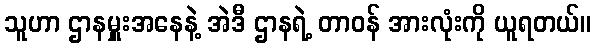
သူဟာ ဌာနမှူးအနေနဲ့ အဲဒီ ဌာနရဲ့ တာဝန် အားလုံးကို ယူရတယ်။